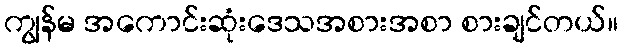
ကျွန်မ အကောင်းဆုံးဒေသအစားအစာ စားချင်တယ်။